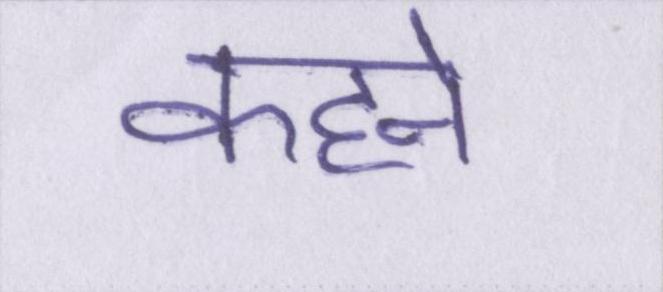
कहने